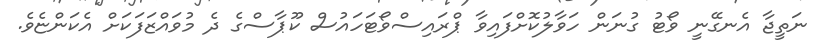
ނަތީޖާ އެނގޭނީ ވޯޓު ގުނަން ހަވާލުކޮށްފައިވާ ޕްރައިސްވޯޓަހައުސް ކޫޕާސްގެ ދެ މުވައްޒަފަކަށް އެކަންޏެވެ.